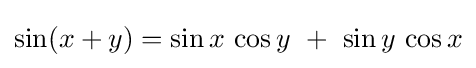
\sin(x+y)=\sin x\,\cos y\ +\ \sin y\,\cos x